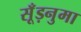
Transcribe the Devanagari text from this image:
सूँड़नुमा